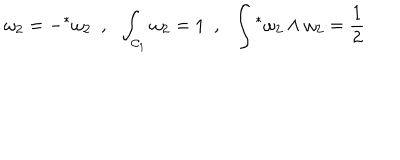
\omega _ { 2 } = - { } ^ { * } \omega _ { 2 } ~ ~ , ~ ~ \int _ { { \cal C } _ { 1 } } \omega _ { 2 } = 1 ~ ~ , ~ ~ \int { } ^ { * } \omega _ { 2 } \wedge \omega _ { 2 } = \frac { 1 } { 2 }